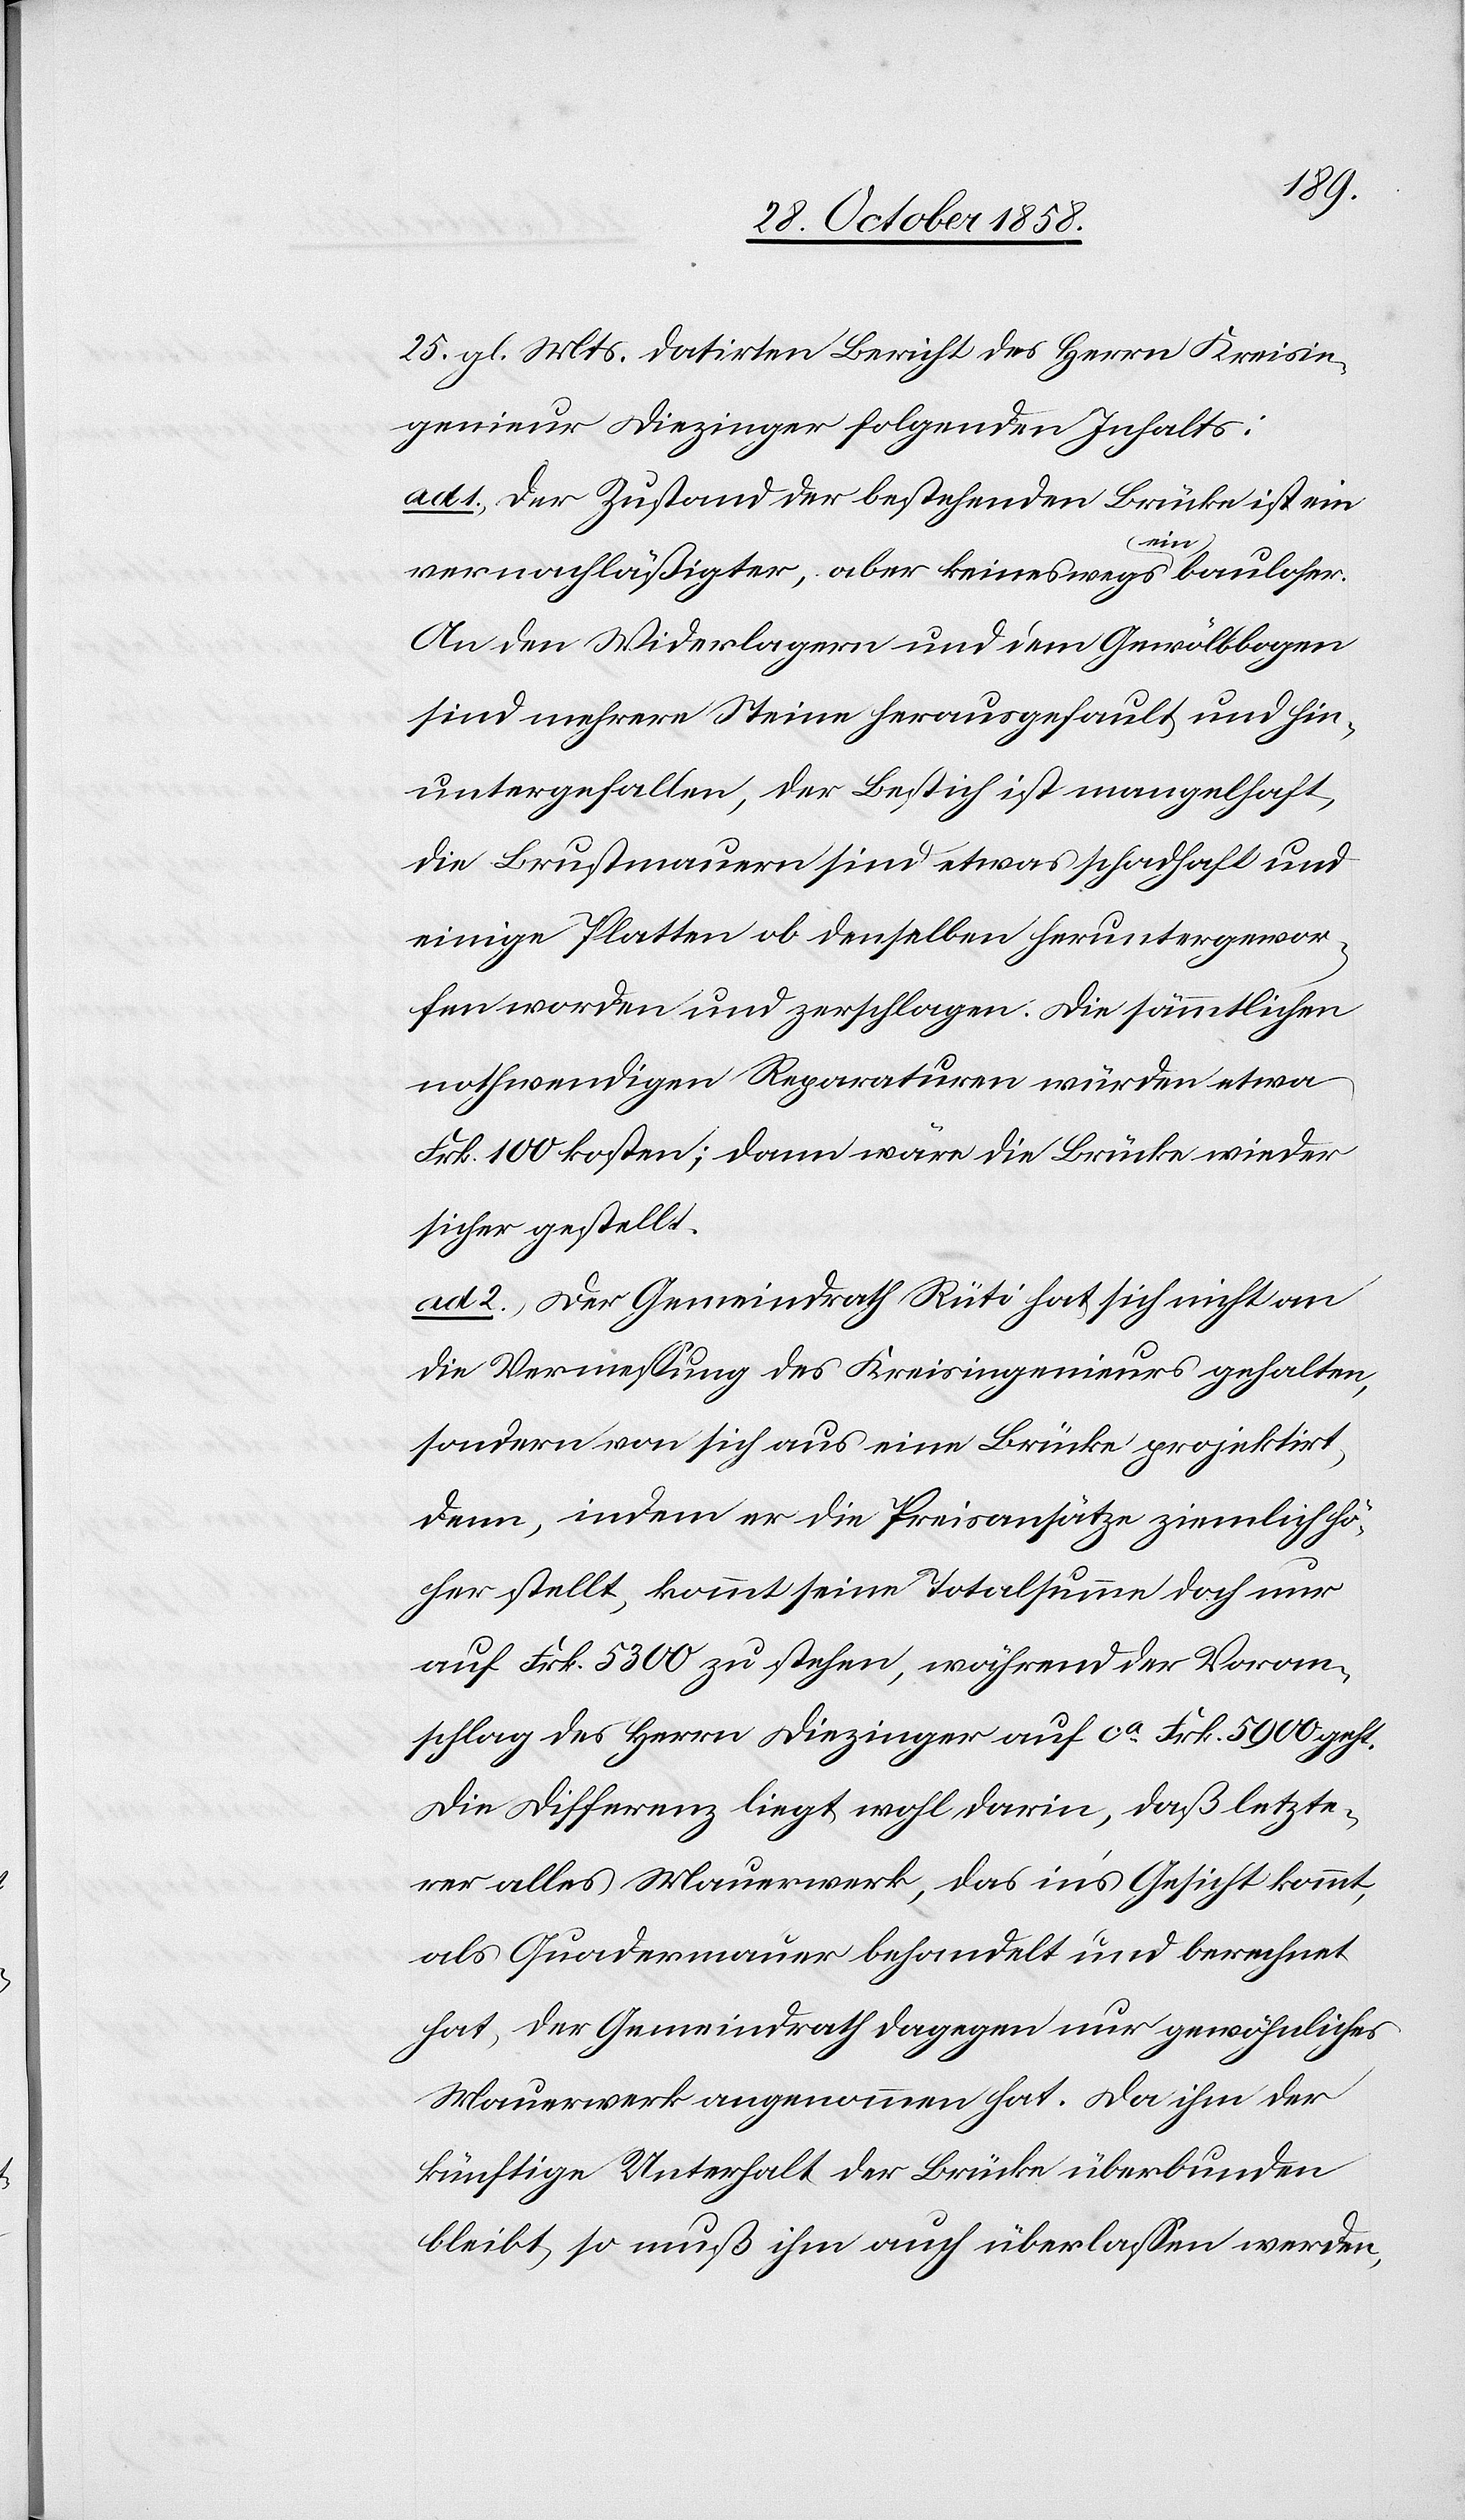
25. gl. Mts. datirten Bericht des Herrn Kreisin¬
genieur Diezinger folgenden Inhalts:
ad 1.) Der Zustand der bestehenden Brücke ist ein
vernachläßigter, aber keineswegs ein bauloser.
An den Widerlagern und dem Gewölbbogen
sind mehrere Steine herausgefault und hin¬
untergefallen, der Bestich ist mangelhaft,
die Brustmauern sind etwas schadhaft und
einige Platten ob denselben heruntergewor¬
fen worden und zerschlagen. Die sämmtlichen
nothwendigen Reparaturen würden etwa
Frk. 100 kosten; dann wäre die Brücke wieder
sicher gestellt.
ad 2.) Der Gemeindrath Rüti hat sich nicht an
die Vermessung des Kreisingenieurs gehalten,
sondern von sich aus eine Brücke projektirt,
denn, indem er die Preisansätze ziemlich hö¬
her stellt, kommt seine Totalsumme doch nur
auf Frk. 5300 zu stehen, während der Voran¬
schlag des Herrn Diezinger auf ca Frk. 5900 geht.
Die Differenz liegt wohl darin, daß letzte¬
rer alles Mauerwerk, das in’s Gesicht kommt,
als Quadermauer behandelt und berechnet
hat, der Gemeindrath dagegen nur gewöhnliches
Mauerwerk angenommen hat. Da ihm der
künftige Unterhalt der Brücke überbunden
bleibt, so muß ihm auch überlassen werden,